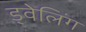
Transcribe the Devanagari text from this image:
ड्वेलिंग